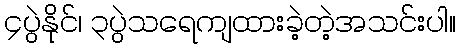
၄ပွဲနိုင်၊ ၃ပွဲသရေကျထားခဲ့တဲ့အသင်းပါ။